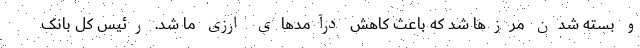
و بسته شدن مرزها شد که باعث کاهش درآمدهای ارزی ما شد. رئیس کل بانک